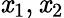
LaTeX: \mathit{x}_{1},\mathit{x}_{2}